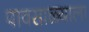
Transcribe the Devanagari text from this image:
पावसाळ्याला